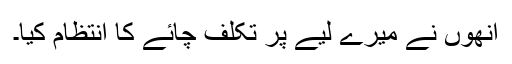
انھوں نے میرے لیے پر تکلف چائے کا انتظام کیا۔